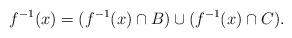
LaTeX: \begin{align*}f^{-1}(x) = (f^{-1}(x) \cap B) \cup (f^{-1}(x) \cap C).\end{align*}